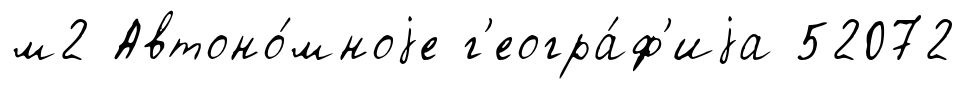
м2 Автоно́мноjе г'еогра́ф'иjа 52072